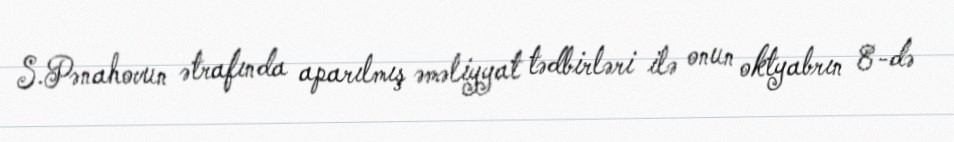
S.Pənahovun ətrafında aparılmış əməliyyat tədbirləri ilə onun oktyabrın 8-də